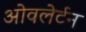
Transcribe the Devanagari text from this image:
ओवलेर्टन